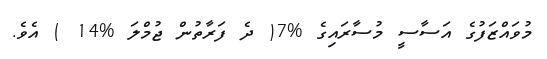
މުވައްޒަފުގެ އަސާސީ މުސާރައިގެ %7( ދެ ފަރާތުން ޖުމްލަ %14 ) އެވެ.